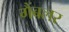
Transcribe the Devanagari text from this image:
गैंबलर